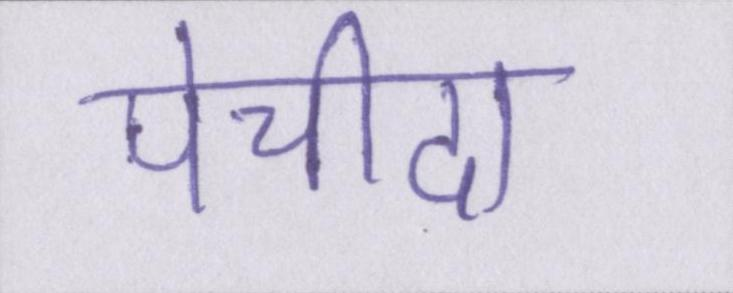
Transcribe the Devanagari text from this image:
पेचीदा